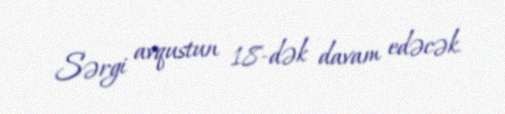
Sərgi avqustun 18-dək davam edəcək.